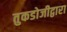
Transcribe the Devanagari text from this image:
तुकडोजीद्वारा